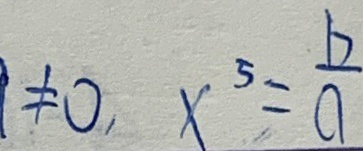
\neq 0 x ^ { 5 } = \frac { b } { a }